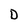
Character: D